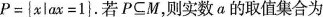
$$P = { xl a x = 1 }$$。若P C M，则实数a的取值集合为